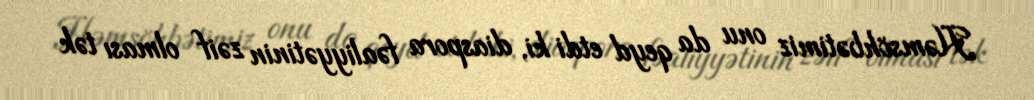
Həmsöhbətimiz onu da qeyd etdi ki, diaspora fəaliyyətinin zəif olması tək